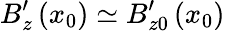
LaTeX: B_{z}^{\prime}\left(x_{0}\right)\simeq B_{z0}^{\prime}\left(x_{0}\right)